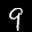
Label: 9